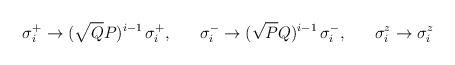
\begin{align*}\sigma_i^+ \rightarrow (\sqrt{Q}{P})^{i-1}\,\sigma_i^+,\;\;\;\;\;\;\sigma_i^- \rightarrow (\sqrt{P}{Q})^{i-1}\,\sigma_i^-,\;\;\;\;\;\;\sigma_i^z \rightarrow \sigma_i^z\end{align*}